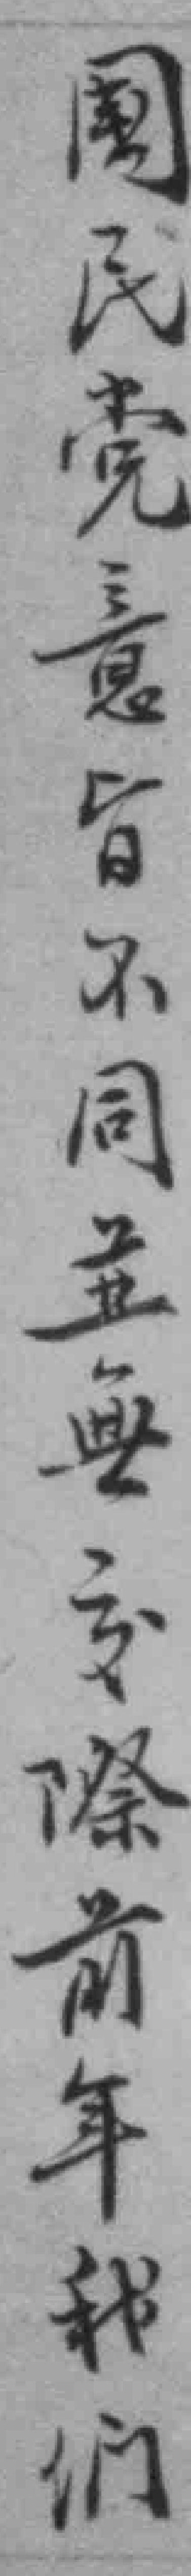
國民党意旨不同並無交際前年我们